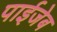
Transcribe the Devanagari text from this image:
पाईजेब